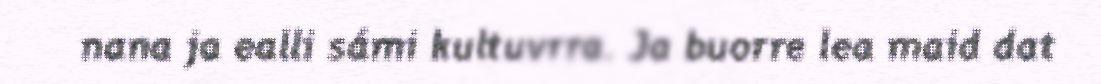
nana ja ealli sámi kultuvrra. Ja buorre lea maid dat